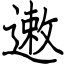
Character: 遫